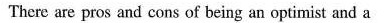
There are pros and cons of being an optimist and a